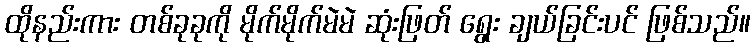
ထိုနည်းကား တစ်ခုခုကို မိုက်မိုက်မဲမဲ ဆုံးဖြတ် ရွေး ချယ်ခြင်းပင် ဖြစ်သည်။